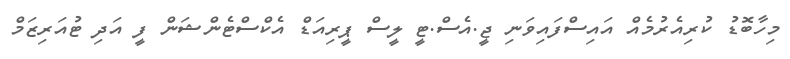
މިހާބޮޑު ކުރިއެރުމެއް އައިސްފައިވަނި ޖީ.އެސް.ޓީ ލީސް ޕީރިއަޑް އެކްސްޓެންޝަން ފީ އަދި ޓުއަރިޒަމް